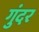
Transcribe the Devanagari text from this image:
गुंदर